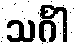
သင်္ဂါ